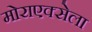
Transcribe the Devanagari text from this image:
मोराएक्सेला